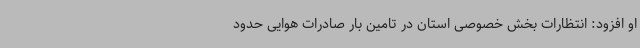
او افزود: انتظارات بخش خصوصی استان در تامین بار صادرات هوایی حدود